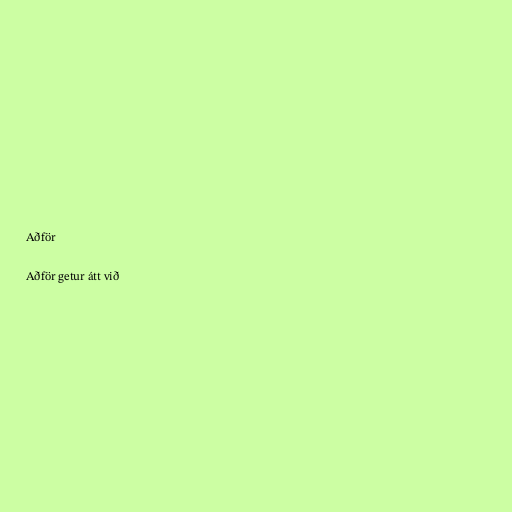
Aðför

Aðför getur átt við